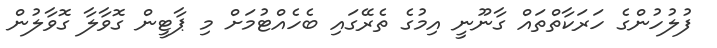
ފުލުހުންގެ ހަރަކާތްތައް ގާނޫނީ އިމުގެ ތެރޭގައި ބެހެއްޓުމަށް މި ޕާޓީން ގޮވާލާ ގޮވާލުން